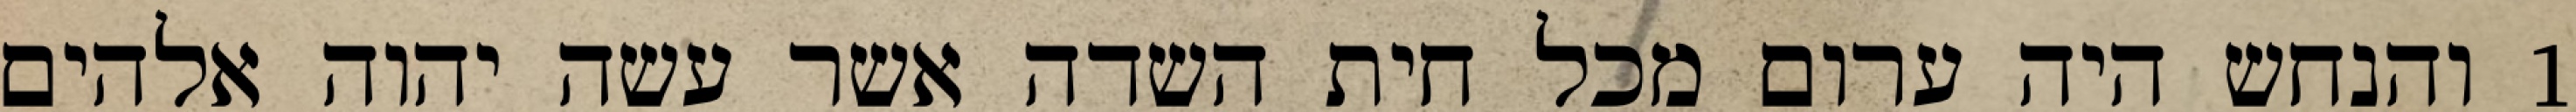
1 והנחש היה ערום מכל חית השדה אשר עשה יהוה אלהים